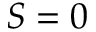
S = 0